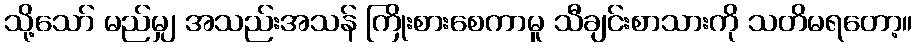
သို့သော် မည်မျှ အသည်းအသန် ကြိုးစားစေကာမူ သီချင်းစာသားကို သတိမရတော့။